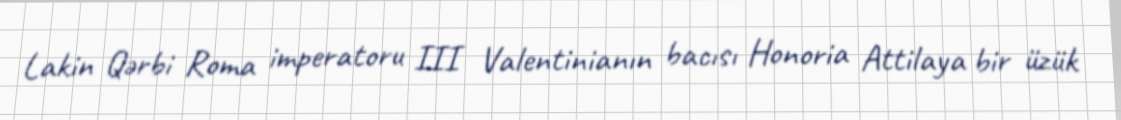
Lakin Qərbi Roma imperatoru III Valentinianın bacısı Honoria Attilaya bir üzük